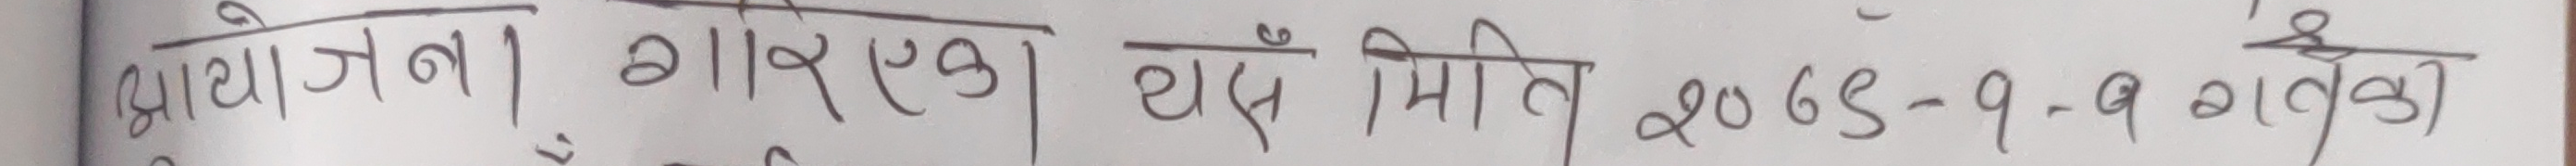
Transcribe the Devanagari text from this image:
आयोजना। आर. ए. के. थपँ मिति २०७९-१-१ ताताक।